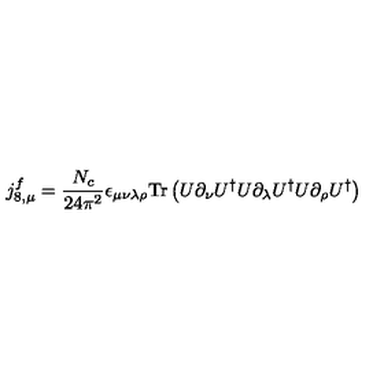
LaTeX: j _ { 8 , \mu } ^ { f } = \frac { N _ { c } } { 2 4 \pi ^ { 2 } } \epsilon _ { \mu \nu \lambda \rho } \mathrm { T r } \left( U \partial _ { \nu } U ^ { \dagger } U \partial _ { \lambda } U ^ { \dagger } U \partial _ { \rho } U ^ { \dagger } \right)